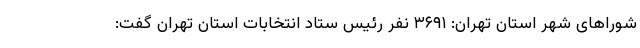
شوراهای شهر استان تهران: ۳۶۹۱ نفر رئیس ستاد انتخابات استان تهران گفت: